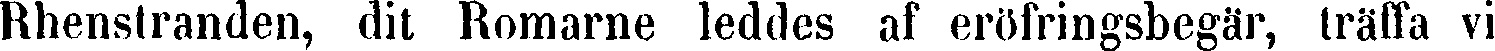
Rhenstranden, dit Romarne leddes af eröfringsbegär, träffa vi